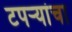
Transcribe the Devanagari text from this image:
टपर्‍यांचा